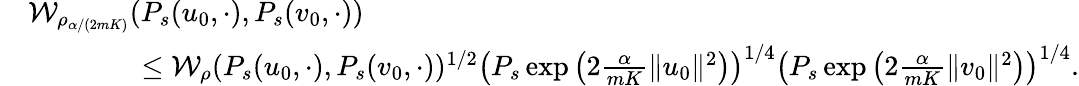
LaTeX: \begin{array}{rl}&{\mathcal{W}_{\rho_{\alpha/(2mK)}}(P_{s}(u_{0},\cdot),P_{s}(v_{0},\cdot))}\\ &{\qquad\qquad\leq\mathcal{W}_{\rho}(P_{s}(u_{0},\cdot),P_{s}(v_{0},\cdot))^{1/2}\left(P_{s}\exp\left(2\frac{\alpha}{mK}\| u_{0}\| ^{2}\right)\right)^{1/4}\left(P_{s}\exp\left(2\frac{\alpha}{mK}\| v_{0}\| ^{2}\right)\right)^{1/4}.}\end{array}